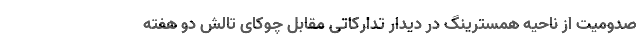
صدومیت از ناحیه همسترینگ در دیدار تدارکاتی مقابل چوکای تالش دو هفته